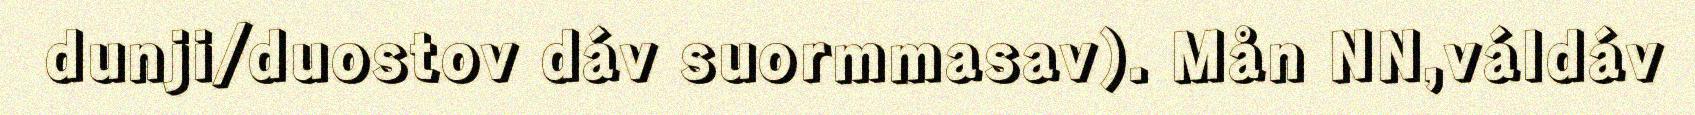
dunji/duostov dáv suormmasav). Mån NN,váldáv